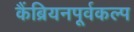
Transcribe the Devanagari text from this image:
कैंब्रियनपूर्वकल्प